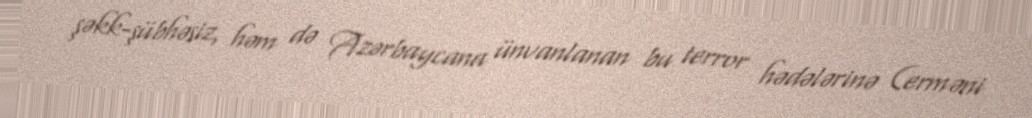
şəkk-şübhəsiz, həm də Azərbaycana ünvanlanan bu terror hədələrinə (erməni